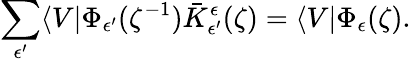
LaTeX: \sum_{\epsilon^{\prime}}\langle V|\Phi_{\epsilon^{\prime}}(\zeta^{-1})\bar{K}_{\epsilon^{\prime}}^{\epsilon}(\zeta)=\langle V|\Phi_{\epsilon}(\zeta).